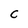
Character: c